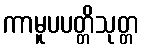
ကာမူပပတ္တိသုတ္တ